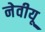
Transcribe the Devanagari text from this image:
नेवीयू